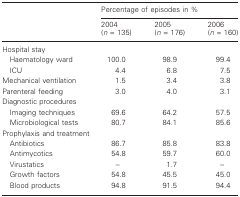
<table><thead><tr><td></td><td colspan="3"><b>Percentage of episodes in %</b></td></tr><tr><td></td><td><b>2004 (<i>n</i> = 135)</b></td><td><b>2005 (<i>n</i> = 176)</b></td><td><b>2006 (<i>n</i> = 160)</b></td></tr></thead><tbody><tr><td colspan="4">Hospital stay</td></tr><tr><td> Haematology ward</td><td>100.0</td><td>98.9</td><td>99.4</td></tr><tr><td> ICU</td><td>4.4</td><td>6.8</td><td>7.5</td></tr><tr><td>Mechanical ventilation</td><td>1.5</td><td>3.4</td><td>3.8</td></tr><tr><td>Parenteral feeding</td><td>3.0</td><td>4.0</td><td>3.1</td></tr><tr><td colspan="4">Diagnostic procedures</td></tr><tr><td> Imaging techniques</td><td>69.6</td><td>64.2</td><td>57.5</td></tr><tr><td> Microbiological tests</td><td>80.7</td><td>84.1</td><td>85.6</td></tr><tr><td colspan="4">Prophylaxis and treatment</td></tr><tr><td> Antibiotics</td><td>86.7</td><td>85.8</td><td>83.8</td></tr><tr><td> Antimycotics</td><td>54.8</td><td>59.7</td><td>60.0</td></tr><tr><td> Virustatics</td><td>–</td><td>1.7</td><td>–</td></tr><tr><td> Growth factors</td><td>54.8</td><td>45.5</td><td>45.0</td></tr><tr><td> Blood products</td><td>94.8</td><td>91.5</td><td>94.4</td></tr></tbody></table>